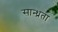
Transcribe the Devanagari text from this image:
सान्ध्रता